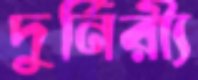
দুর্নিরী্য